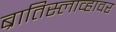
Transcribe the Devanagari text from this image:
ब्रातिस्लाव्हावर